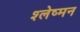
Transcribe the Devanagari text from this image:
श्‍लेष्‍मन